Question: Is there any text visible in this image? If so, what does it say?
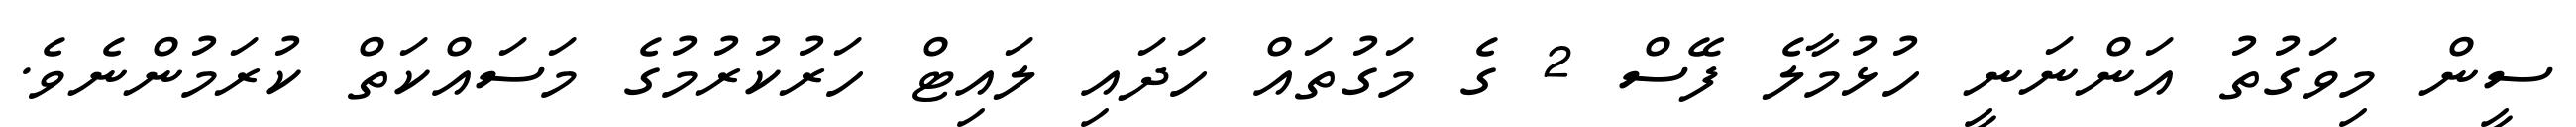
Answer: ސީން މިވަގުތު އަންނަނީ ހުޅުމާލެ ފޭސް 2 ގެ މަގުތައް ހަދައި ލައިޓް ހަރުކުރުމުގެ މަސައްކަތް ކުރަމުންނެވެ.